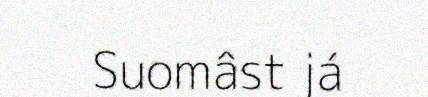
Suomâst já